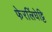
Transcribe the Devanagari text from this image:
फेरलिंघेट्टि